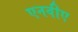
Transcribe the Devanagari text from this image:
एनवीए